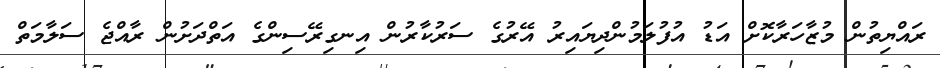
ރައްޔިތުން މުޒާހަރާކޮށް އަޑު އުފުލަމުންދިޔައިރު އޭރުގެ ސަރުކާރުން އިނގިރޭސިންގެ އަތްދަށުން ރާއްޖެ ސަލާމަތް